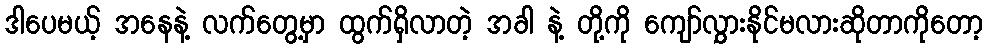
ဒါပေမယ့် အနေနဲ့ လက်တွေ့မှာ ထွက်ရှိလာတဲ့ အခါ နဲ့ တို့ကို ကျော်လွှားနိုင်မလားဆိုတာကိုတော့